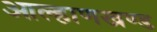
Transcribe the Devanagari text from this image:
आल्हाणखण्ड